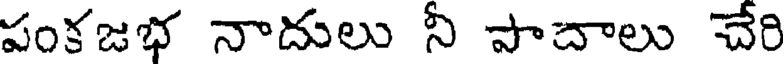
పంకజభ నాదులు నీ పాచాలు చేరి